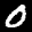
Label: 0